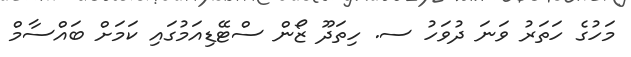
މަހުގެ ހަތަރު ވަނަ ދުވަހު ސ. ހިތަދޫ ޒޯން ސްޓޭޑިއަމުގައި ކަމަށް ބައްސާމް